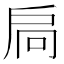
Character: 扃